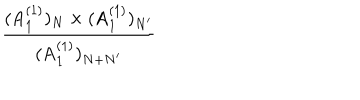
\frac { ( \mathrm { A } _ { 1 } ^ { ( 1 ) } ) _ { N } \times ( \mathrm { A } _ { 1 } ^ { ( 1 ) } ) _ { N ^ { \prime } } } { ( \mathrm { A } _ { 1 } ^ { ( 1 ) } ) _ { N + N ^ { \prime } } }